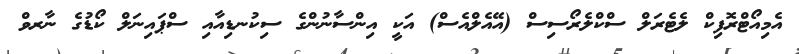
އެމިއޯޓްރޮފިކް ލެޓެރަލް ސްކްލެރޯސިސް (އޭއެލްއެސް) އަކީ އިންސާނުންގެ ސިކުނޑިއާއި ސްޕައިނަލް ކޯޑުގެ ނާރވް